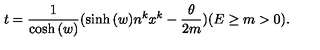
t = \frac { 1 } { \cosh { ( w ) } } ( \sinh { ( w ) } n ^ { k } x ^ { k } - \frac { \theta } { 2 m } ) ( E \geq m > 0 ) .